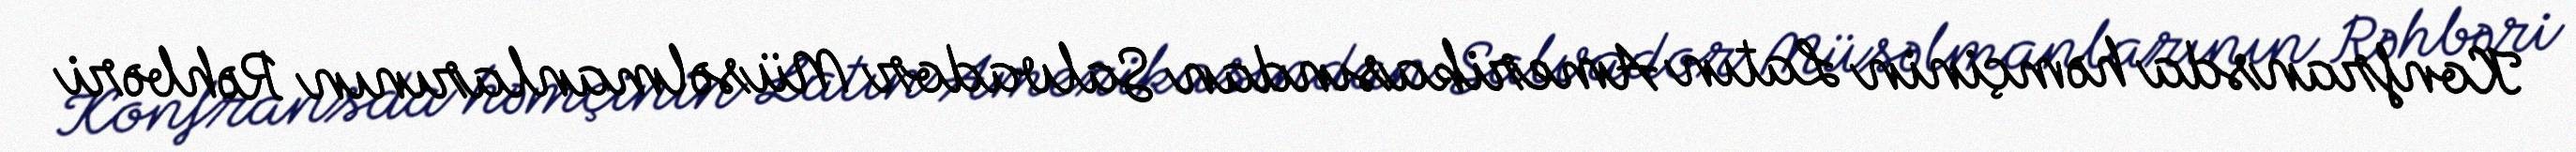
Konfransda həmçinin Latın Amerikasından Salvador Müsəlmanlarının Rəhbəri